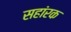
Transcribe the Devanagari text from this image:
सहांरक